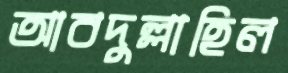
আবদুল্লাহিল